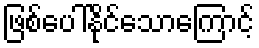
ဖြစ်ပေါ်နိုင်သောကြောင့်